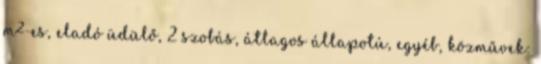
m²-es, eladó üdülő, 2 szobás, átlagos állapotú, egyéb, közművek: